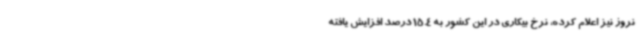
نروژ نیز اعلام کرده، نرخ بیکاری در این کشور به 15.4 درصد افزایش یافته